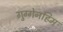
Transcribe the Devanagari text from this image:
गुग्गेनहिम